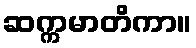
ဆက္ကမာတိကာ။